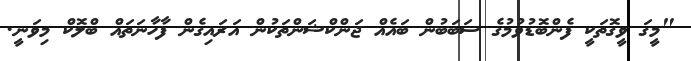
"މީގަ ވީގޮތަކީ ފެންބޮޑުވުމުގެ ސަބަބުން ބައެއް ޖަންކްޝަންތަކުން އަރައިގެން ފާހާނަތައް ބްލޮކް މިވަނީ.